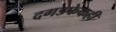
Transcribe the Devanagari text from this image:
दगडफेकही